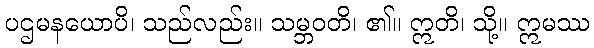
ပဌမနယောပိ၊ သည်လည်း။ သမ္ဘဝတိ၊ ၏။ ဣတိ၊ သို့။ ဣမဿ